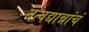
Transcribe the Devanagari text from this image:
तत्वद्यान्नांचं